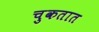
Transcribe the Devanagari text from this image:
चुकतात